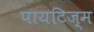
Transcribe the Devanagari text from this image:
पायटिज़्म